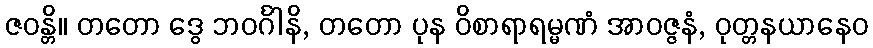
ဇဝန္တိ။ တတော ဒွေ ဘဝင်္ဂါနိ, တတော ပုန ဝိစာရာရမ္မဏံ အာဝဇ္ဇနံ, ဝုတ္တနယာနေဝ